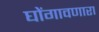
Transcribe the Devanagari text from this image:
घोंगावणारा